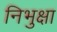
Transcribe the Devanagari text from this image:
निभुक्षा